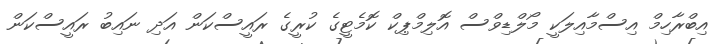
އިބްރާހިމް އިސްމާއިލަކީ މޯލްޑިވްސް އޮލިމްޕިކް ކޮމެޓީގެ ކުރީގެ ރައީސްކަން އަދި ނައިބު ރައީސްކަން